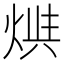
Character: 𤊪